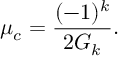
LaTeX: \mu _ { c } = { \frac { ( - 1 ) ^ { k } } { 2 G _ { k } } } .